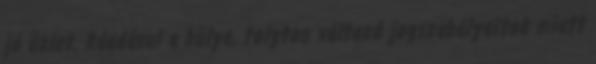
jó üzlet. Ráadásul a hülye, folyton változó jogszabályaitok miatt